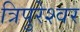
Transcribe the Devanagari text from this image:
त्रिपुरेश्वर